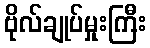
ဗိုလ်ချုပ်မှုးကြီး